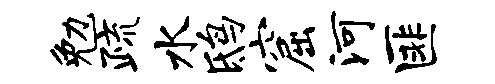
勉疏水鸱窟河匪